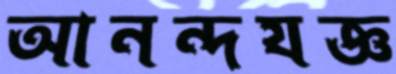
আনন্দযজ্ঞ